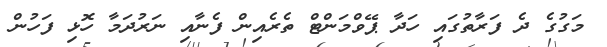
މަގުގެ ދެ ފަރާތުގައި ހަދާ ޕޭވްމަންޓް ތެރެއިން ފެނާއި ނަރުދަމާ ހޮޅި ފަހުން